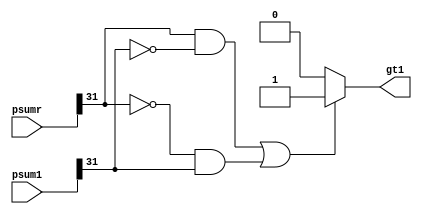
module neg_check (gt1,psumr, psum1);

 parameter N= 32;

 input [N-1:0] psumr, psum1;

	output reg gt1;
	
	
//	reg [31:0] in1_gt,in2_gt;
//	wire out_gt;
	
	//fpgreaterthan gt(in1_gt,in2_gt,out_gt);
	
	
	always@(*)
	begin
	
	if((psumr[N-1] ==  1 && psum1[N-1] == 0) || 
			(psumr[N-1] ==  0 && psum1[N-1] == 1) )
	begin
				gt1 <= 1;
	end
	else
	begin
				gt1 <= 0;
	end
	end
	
	
	
	endmodule